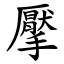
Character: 擪